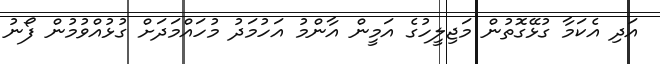
އަދި އެކަމާ ގުޅޭގޮތުން މަޖިލީހުގެ އަމީން އާންމު އަހުމަދު މުހައްމަދަށް ގުޅުއްވުމުން ފޯނު